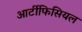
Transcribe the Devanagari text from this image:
आर्टीफिसियल